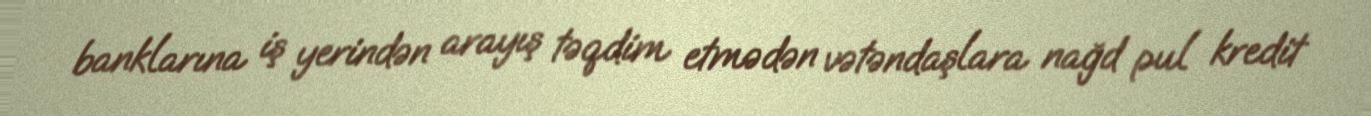
banklarına iş yerindən arayış təqdim etmədən vətəndaşlara nağd pul kredit